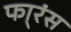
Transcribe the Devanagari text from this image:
फा्रंस